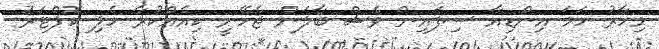
މިހާރު ހަމަ އިންޑިއާ ސިފައިން ވެސް ބާލަން ޖެހޭނީ ކިއެއްކުރާ ހެލި ކޮޮޕްޓަރު